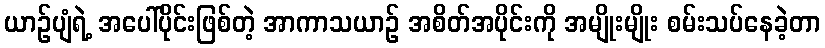
ယာဉ်ပျံရဲ့ အပေါ်ပိုင်းဖြစ်တဲ့ အာကာသယာဉ် အစိတ်အပိုင်းကို အမျိုးမျိုး စမ်းသပ်နေခဲ့တာ